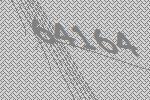
64164